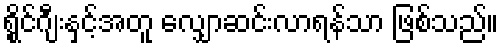
ရွိုင်ဂျီးနှင့်အတူ လျှောဆင်းလာရန်သာ ဖြစ်သည်။